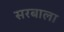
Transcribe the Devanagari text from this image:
सरबाला